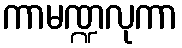
ကာမဏ္ဍလုကာ